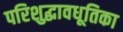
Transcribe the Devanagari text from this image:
परिशुद्धावधूतिका